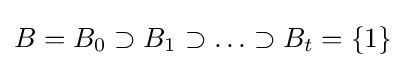
B=B_{0}\supset B_{1}\supset \ldots \supset B_{t}=\{1\}